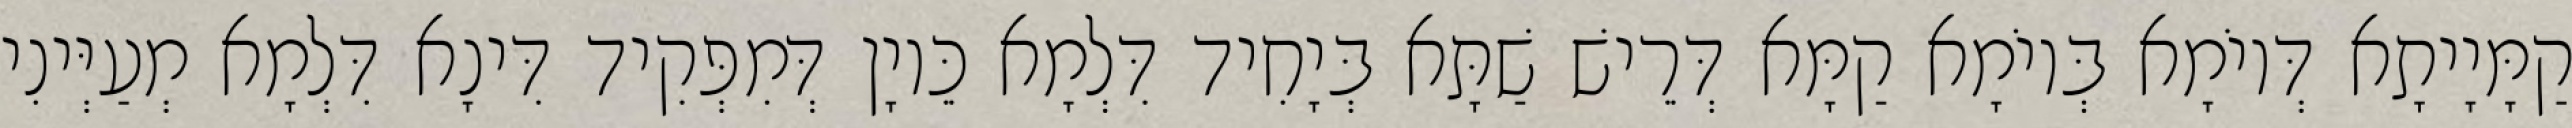
קַמָּיָיתָא דְּיוֹמָא בְּיוֹמָא קַמָּא דְּרֵישׁ שַׁתָּא בְּיָחִיד דִּלְמָא כֵּיוָן דְּמִפְּקִיד דִּינָא דִּלְמָא מְעַיְּינִי